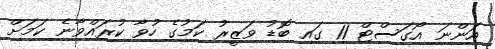
އަންނަ އޯގަސްޓް 11 ގައި ބޮޑު ވަޒީރު ކަމުގެ ހުވާ ކުރައްވާނެ ކަމަށް